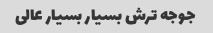
جوجه ترش بسیار بسیار عالی